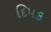
દિપક